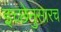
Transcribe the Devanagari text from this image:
इच्छेनुसारच